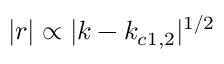
| r | \propto | k - k _ { c 1 , 2 } | ^ { 1 / 2 }